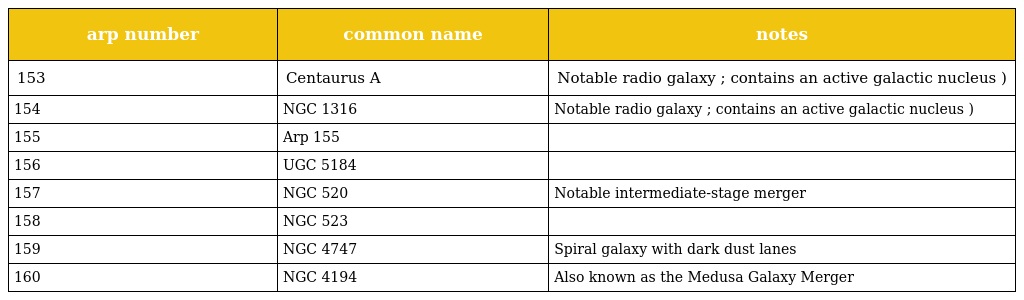
| arp number | common name | notes |
 | --- | --- | --- |
 | 153 | Centaurus A | Notable radio galaxy ; contains an active galactic nucleus ) |
 | 154 | NGC 1316 | Notable radio galaxy ; contains an active galactic nucleus ) |
 | 155 | Arp 155 |  |
 | 156 | UGC 5184 |  |
 | 157 | NGC 520 | Notable intermediate-stage merger |
 | 158 | NGC 523 |  |
 | 159 | NGC 4747 | Spiral galaxy with dark dust lanes |
 | 160 | NGC 4194 | Also known as the Medusa Galaxy Merger |